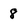
Character: 8